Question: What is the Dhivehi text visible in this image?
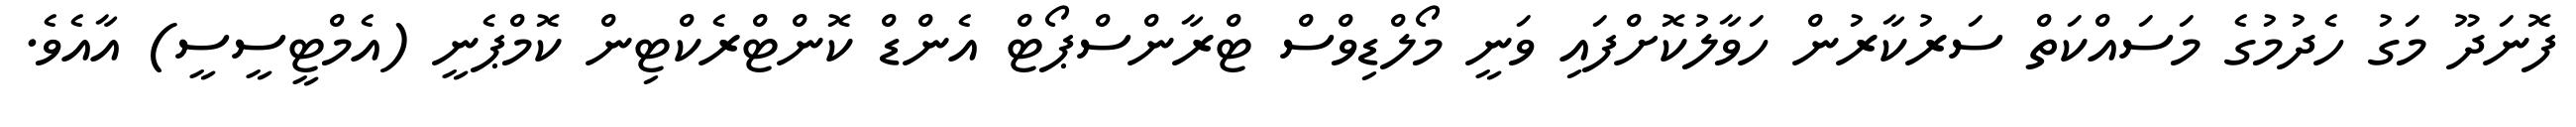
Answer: ފޮނަދޫ މަގު ހެދުމުގެ މަސައްކަތް ސަރުކާރުން ހަވާލުކޮށްފައި ވަނީ މޯލްޑިވްސް ޓްރާންސްޕޯޓް އެންޑް ކޮންޓްރެކްޓިން ކޮމްޕެނީ (އެމްޓީސީސީ) އާއެވެ.